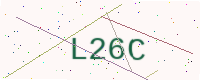
Text: L26C